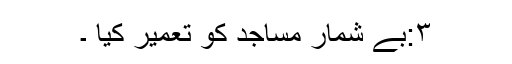
۳:بے شمار مساجد کو تعمیر کیا ۔